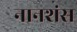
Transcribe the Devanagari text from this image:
नानशंस